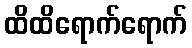
ထိထိရောက်ရောက်